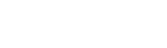
ပြည်သူတွေလည်း